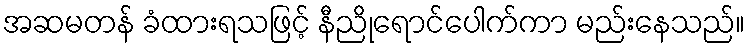
အဆမတန် ခံထားရသဖြင့် နီညိုရောင်ပေါက်ကာ မည်းနေသည်။